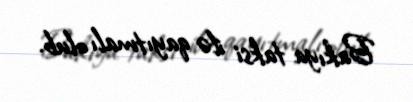
Bakıya taksi ilə qayıtmalı olub.